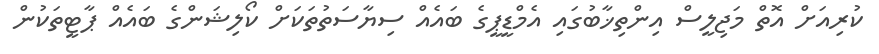
ކުރިއަށް އޮތް މަޖިލީސް އިންތިޚާބުގައި އެމްޑީޕީގެ ބައެއް ސިޔާސަތުތަކަށް ކޯލިޝަންގެ ބައެއް ޕާޓީތަކުން